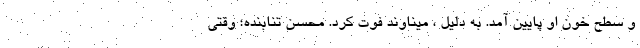
و سطح خون او پایین آمد. به دلیل ، میناوند فوت کرد. محسن تنابنده؛ وقتی